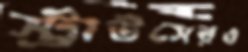
স্ট্রাউসেরও